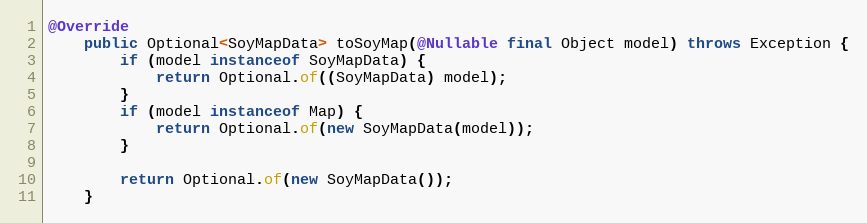
Language: Java
@Override
    public Optional<SoyMapData> toSoyMap(@Nullable final Object model) throws Exception {
        if (model instanceof SoyMapData) {
            return Optional.of((SoyMapData) model);
        }
        if (model instanceof Map) {
            return Optional.of(new SoyMapData(model));
        }

        return Optional.of(new SoyMapData());
    }